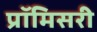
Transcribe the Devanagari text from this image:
प्रॉमिसरी